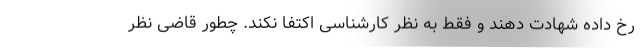
رخ داده شهادت دهند و فقط به نظر کارشناسی اکتفا نکند. چطور قاضی نظر